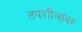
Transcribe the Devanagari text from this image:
तपशीलांवर